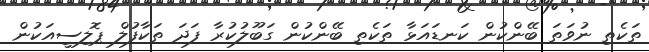
ތަކެތި ނުވަތަ ބޭންކުން ކަނޑައަޅާ ތަކެތި ބޭންކުން ގަބޫލުކުރާ ފަދަ ތަކާފުލް ޕޮލިސީއަކުން